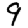
Digit: 9